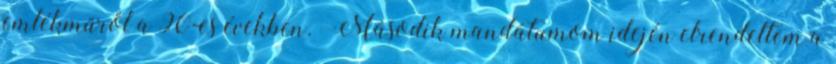
emlékműről a 90-es években. „Második mandátumom idején elrendeltem a